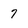
Character: 7